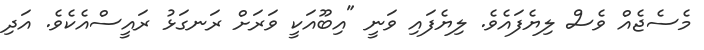
މެސެޖެއް ވެސް ލިޔެފައެވެ. ލިޔެފައި ވަނީ "އިބޫއަކީ ވަރަށް ރަނގަޅު ރައީސްއެކެވެ. އަދި